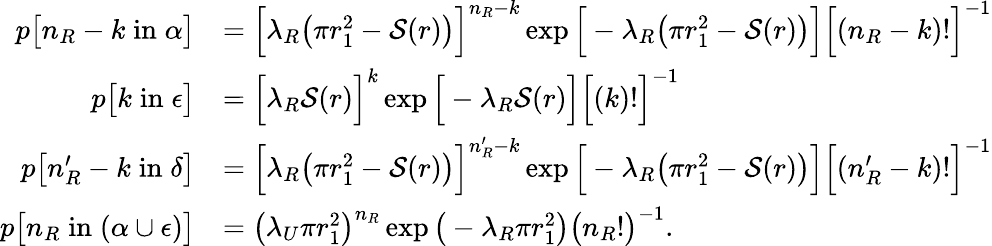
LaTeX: \begin{array}{rl}{p\big[n_{R}-k\; \mathrm{in}\; \alpha\big]}&{=\Big[\lambda_{R}\big(\pi r_{1}^{2}-\mathcal{S}(r)\big)\Big]^{n_{R}-k}\exp\Big[-\lambda_{R}\big(\pi r_{1}^{2}-\mathcal{S}(r)\big)\Big]\Big[(n_{R}-k)!\Big]^{-1}}\\ {p\big[k\; \mathrm{in}\; \epsilon\big]}&{=\Big[\lambda_{R}\mathcal{S}(r)\Big]^{k}\exp\Big[-\lambda_{R}\mathcal{S}(r)\Big]\Big[(k)!\Big]^{-1}}\\ {p\big[n_{R}^{\prime}-k\; \mathrm{in}\; \delta\big]}&{=\Big[\lambda_{R}\big(\pi r_{1}^{2}-\mathcal{S}(r)\big)\Big]^{n_{R}^{\prime}-k}\exp\Big[-\lambda_{R}\big(\pi r_{1}^{2}-\mathcal{S}(r)\big)\Big]\Big[(n_{R}^{\prime}-k)!\Big]^{-1}}\\ {p\big[n_{R}\; \mathrm{in}\; (\alpha\cup\epsilon)\big]}&{=\big(\lambda_{U}\pi r_{1}^{2}\big)^{n_{R}}\exp\big(-\lambda_{R}\pi r_{1}^{2}\big)\big(n_{R}!\big)^{-1}.}\end{array}